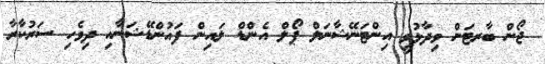
ޖޯން ބާރޓަން ވިދާޅުވީ އިންޓަނޭޝާނަލް ޕޯލް އެންޑް ލައިން ފައުންޑޭޝަނާއި ދިވެހި ސަރުކާރާ